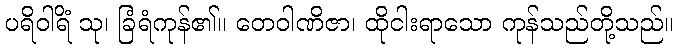
ပရိဝါရိံ သု၊ ခြံရံကုန်၏။ တေဝါဏိဇာ၊ ထိုငါးရာသော ကုန်သည်တို့သည်။